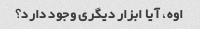
اوه، آیا ابزار دیگری وجود دارد؟